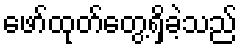
ဖော်ထုတ်တွေ့ရှိခဲ့သည်